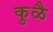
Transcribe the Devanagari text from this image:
कुळै